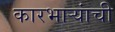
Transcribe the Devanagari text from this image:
कारभार्‍यांची